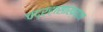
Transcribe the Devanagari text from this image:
चंद्रहासाख्यान